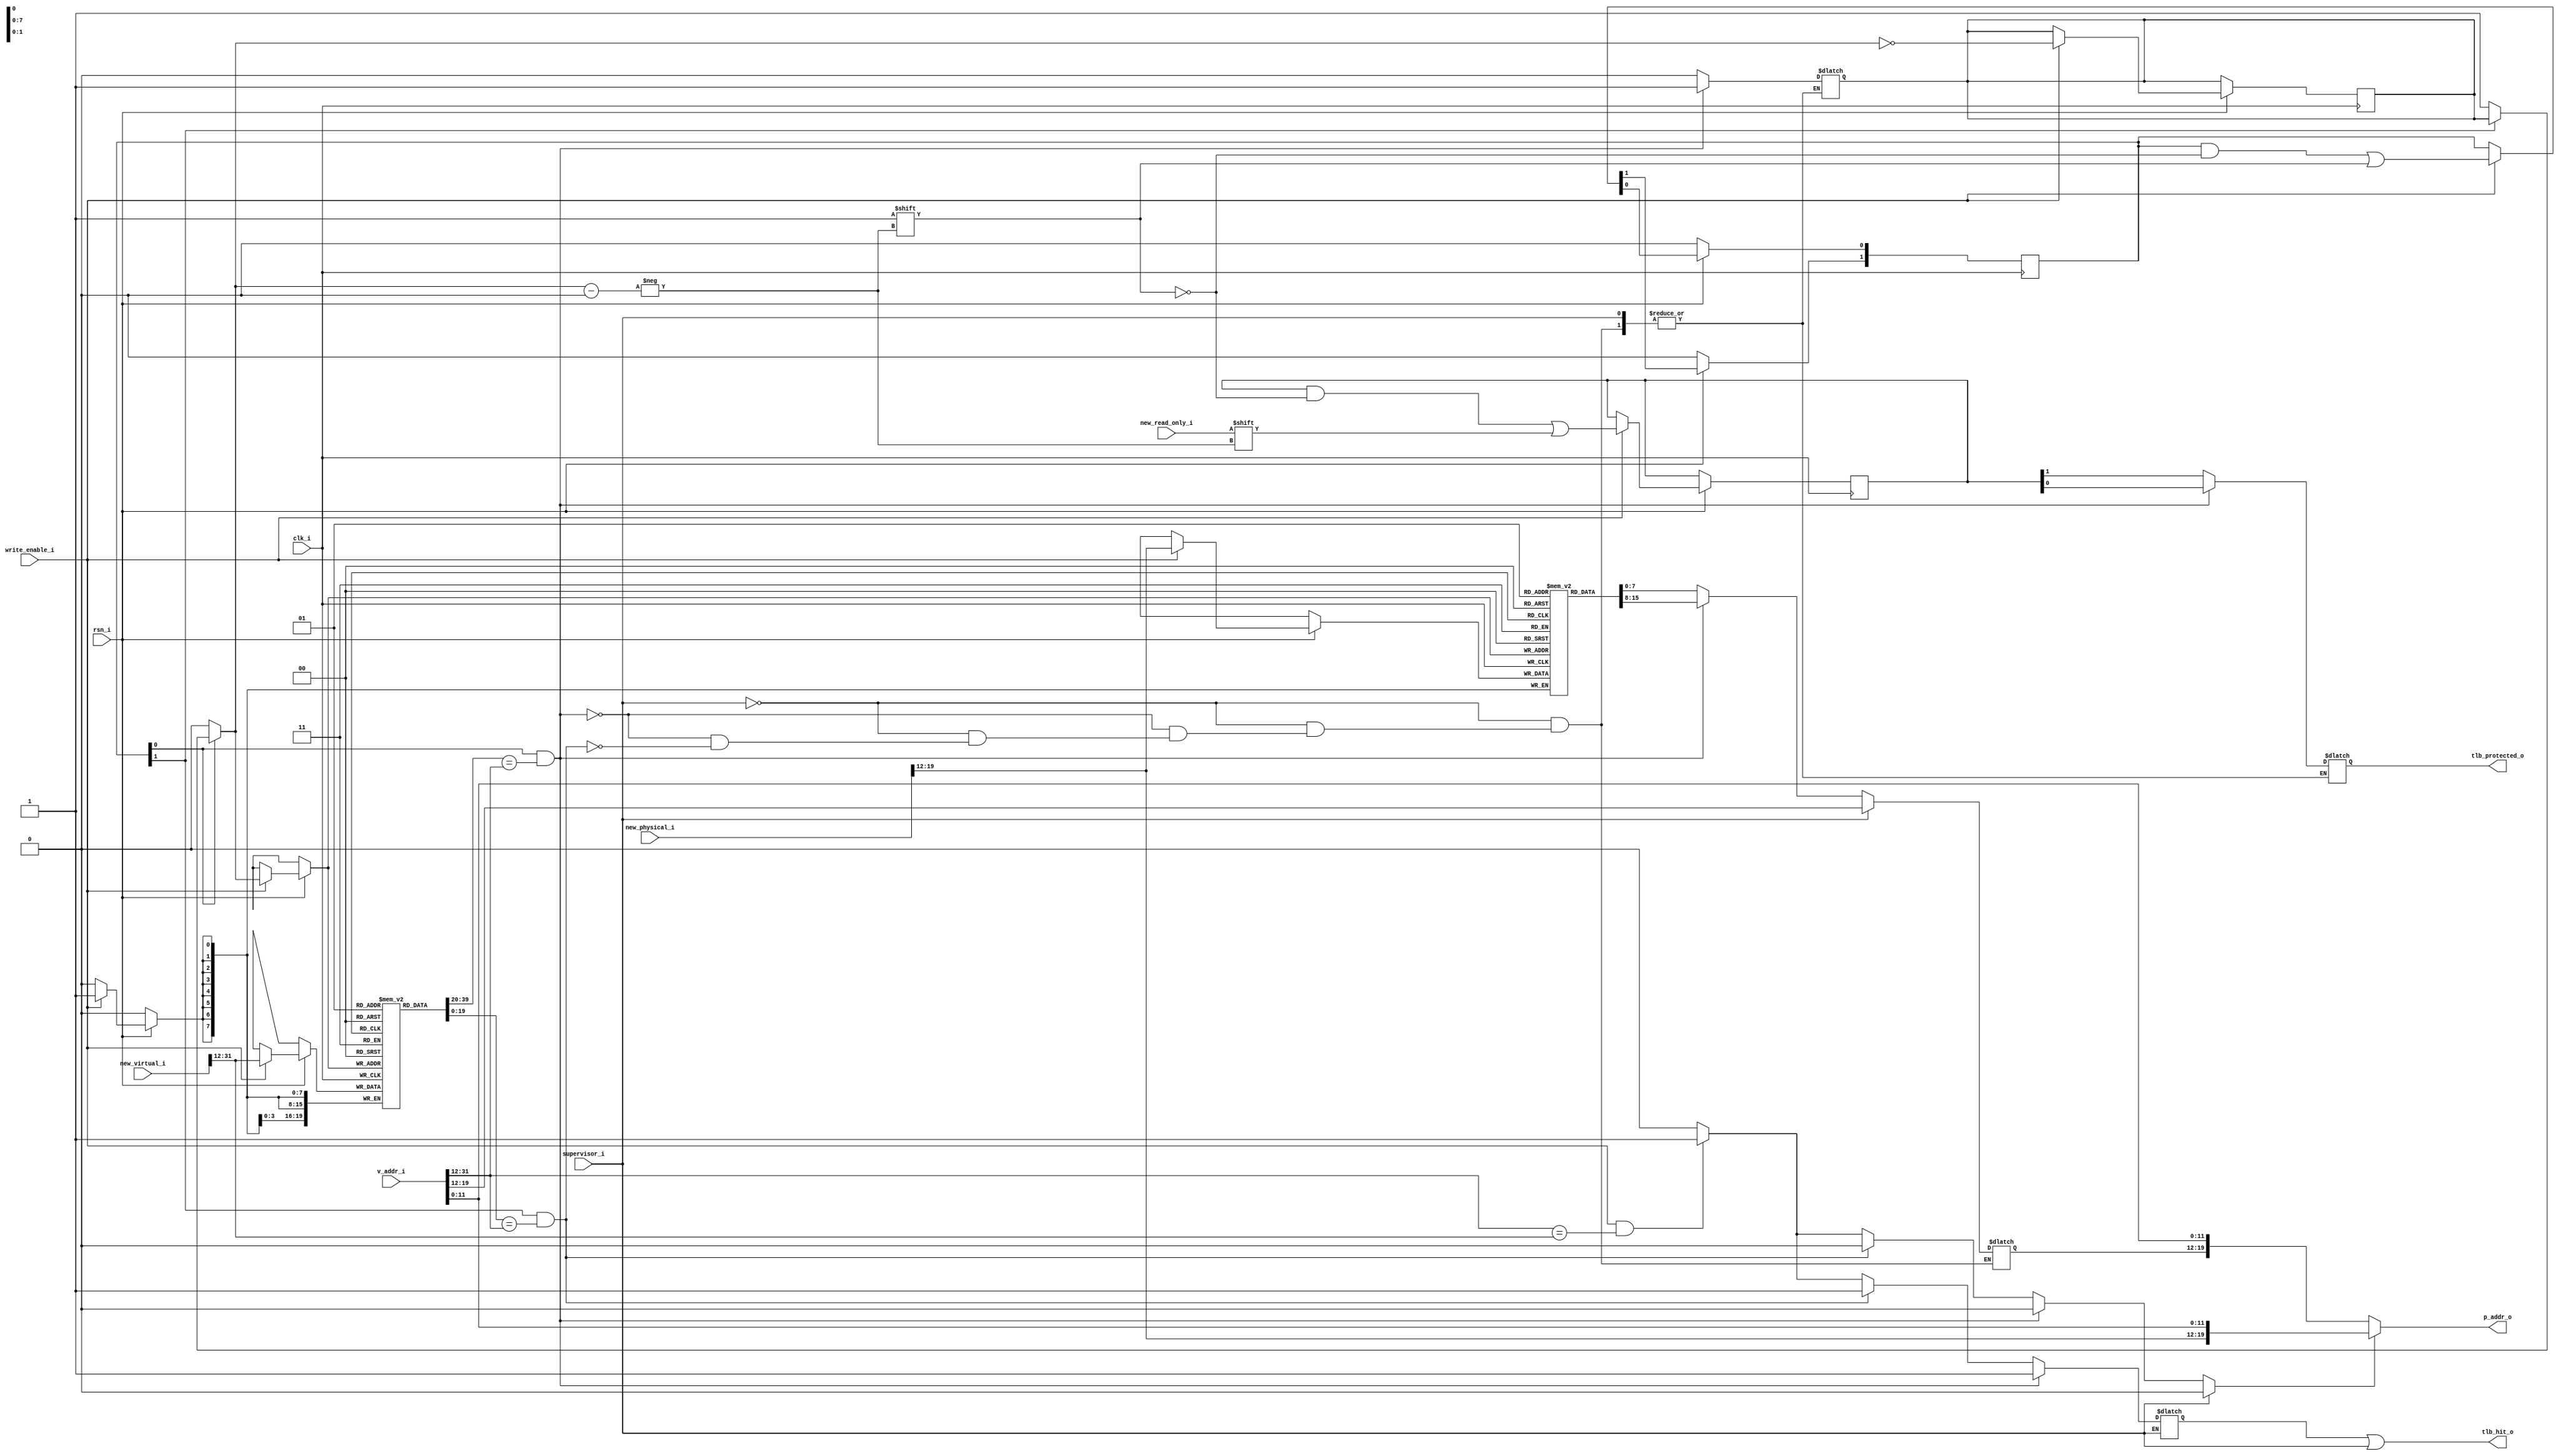
//tlb
//2 entries
module tlb(
    input       clk_i,
    input       rsn_i,
    input       supervisor_i,
    input   [31:0]  v_addr_i,
    input       write_enable_i,
    input   [19:0]  new_physical_i,
    input   [31:0]  new_virtual_i,
    input       new_read_only_i,

    output  [19:0]  p_addr_o,
    output      tlb_hit_o,
    output      tlb_protected_o
);

reg [19:0] virtual_tags [1:0];
reg [7:0] physical_tags [1:0];
reg [1:0] valid_bit;
reg [1:0] read_only_array;

wire [11:0] offset;
assign offset = v_addr_i[11:0];

wire [19:0] addr_tag;
assign addr_tag = v_addr_i[31:12];

reg [7:0] page_num;
reg hit;
reg read_only;

reg sub_bit;
reg hit_bit;
reg lru;

reg bypass_p_addr;

always @(*) begin
    bypass_p_addr = 1'b0;
    if(supervisor_i) begin
        page_num = addr_tag[7:0];
    end else begin
        if(valid_bit[0] & (virtual_tags[0] == addr_tag)) begin
            hit = 1;
            page_num = physical_tags[0];
            read_only = read_only_array[0];
            lru = 1;
        end
        else if(valid_bit[1] & (virtual_tags[1] == addr_tag)) begin
            hit = 1;
            page_num = physical_tags[1];
            read_only = read_only_array[1];
            lru = 0;
        end
        else if (write_enable_i & v_addr_i[31:12] == new_virtual_i[31:12]) begin
            bypass_p_addr = 1'b1;
            hit = 1;
        end
        else begin
            hit = 0;
        end
    end
end

always @(posedge clk_i) begin
	if (!rsn_i) begin
		valid_bit[0] = 1'b0;
		valid_bit[1] = 1'b0;
	end
	else begin
        if(write_enable_i) begin
            sub_bit = !valid_bit[0] ? 0 : 
                      !valid_bit[1] ? 1 : lru;
            physical_tags[sub_bit] = new_physical_i[19:12];
            virtual_tags[sub_bit] = new_virtual_i[31:12];
            read_only_array[sub_bit] = new_read_only_i;
            valid_bit[sub_bit] = 1;
            lru = ~sub_bit;
        end
	end
end


assign p_addr_o = (bypass_p_addr) ? {new_physical_i[19:12],offset} : {page_num,offset};
assign tlb_hit_o = hit | supervisor_i;
assign tlb_protected_o = read_only;
endmodule